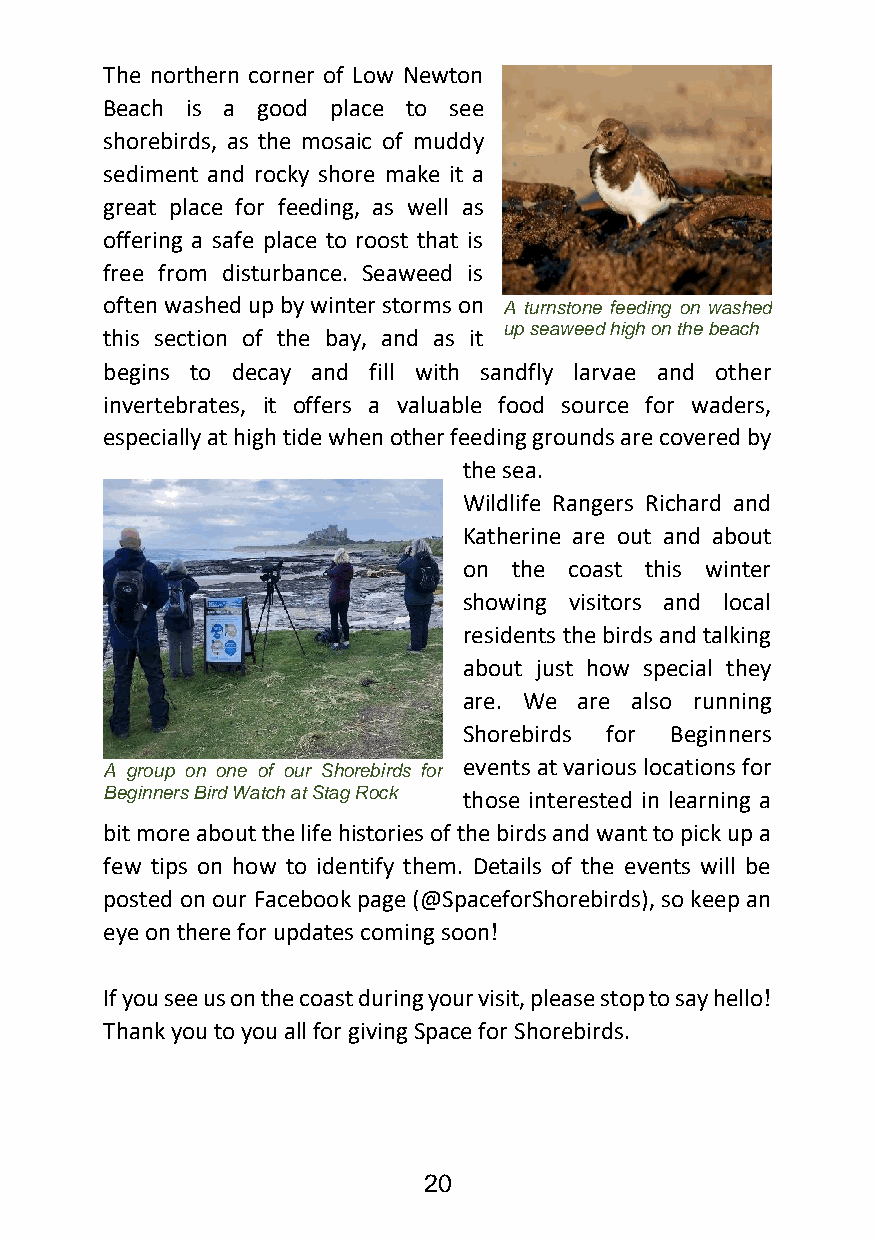
The northern corner of Low Newton
 Beach is a good place to see
 shorebirds, as the mosaic of muddy
 sediment and rocky shore make it a
 great place for feeding, as well as
 offering a safe place to roost that is
 free from disturbance. Seaweed is
 often washed up by winter storms on A turnstone feeding on washed
 up seaweed high on the beach
 this section of the bay, and as it
 begins to decay and fill with sandfly larvae and other
 invertebrates, it offers a valuable food source for waders,
 especially at high tide when other feeding grounds are covered by
 the sea.
 Wildlife Rangers Richard and
 Katherine are out and about
 on the coast this winter
 showing visitors and local
 residents the birds and talking
 about just how special they
 are. We are also running
 Shorebirds for Beginners
 A group on one of our Shorebirds for events at various locations for
 Beginners Bird Watch at Stag Rock those interested in learning a
 bit more about the life histories of the birds and want to pick up a
 few tips on how to identify them. Details of the events will be
 posted on our Facebook page (@SpaceforShorebirds), so keep an
 eye on there for updates coming soon!
 If you see us on the coast during your visit, please stop to say hello!
 Thank you to you all for giving Space for Shorebirds.
 20